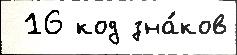
 16 код зна́ков